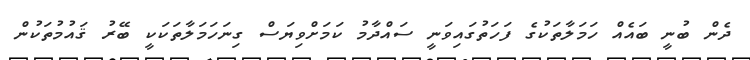
ދެން ބުނީ ބައެއް ހަމަލާތަކުގެ ފަހަތުގައިވަނީ ސައްދާމު ކަމަށްވިޔަސް ގިނަހަމަލާތަކަކީ ބޭރު ޤައުމުތަަކުން